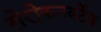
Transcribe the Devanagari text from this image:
सेरोकनवर्टेड